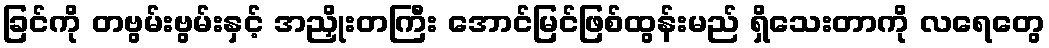
ခြင်ကို တဗွမ်းဗွမ်းနှင့် အညှိုးတကြီး အောင်မြင်ဖြစ်ထွန်းမည် ရှိသေးတာကို လရေတွေ